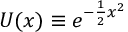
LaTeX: U ( x ) \equiv e ^ { - \frac { 1 } { 2 } x ^ { 2 } }